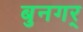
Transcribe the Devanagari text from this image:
बुनगर्